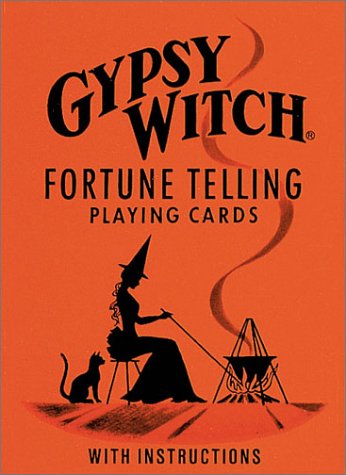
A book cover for Gypsy Witch Fortune Telling Playing Cards; Marie Anne Adelaide Lenormand; Humor & Entertainment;